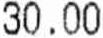
30.00